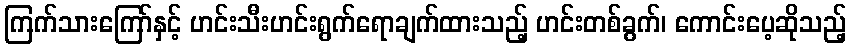
ကြက်သားကြော်နှင့် ဟင်းသီးဟင်းရွက်ရောချက်ထားသည့် ဟင်းတစ်ခွက်၊ ကောင်းပေ့ဆိုသည့်